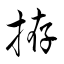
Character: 拵